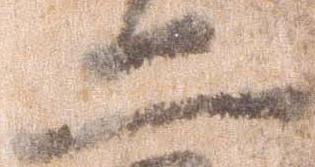
二